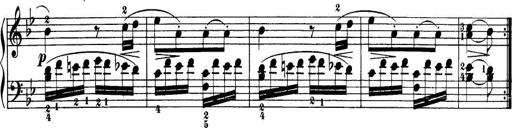
Title: 32 Sonatinas and Rondos for the Piano
Composer: Richard Kleinmichel